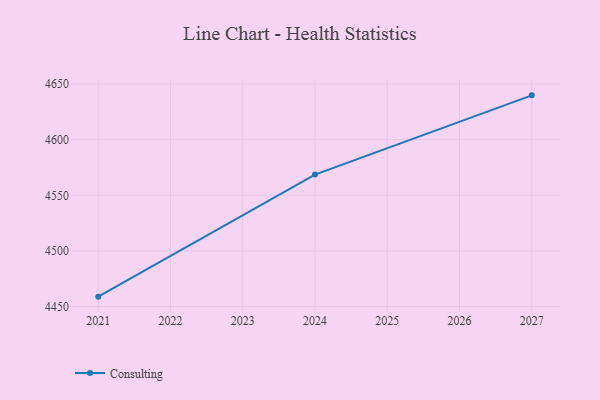
{"axis": {"x": "Year", "y": "Waste Production (Tons)"}, "legend": ["Consulting"], "data": [{"x": "2027", "y": 4639.9, "type": "Consulting"}, {"x": "2024", "y": 4568.7, "type": "Consulting"}, {"x": "2021", "y": 4458.9, "type": "Consulting"}]}